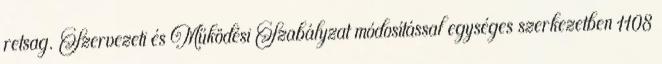
retsag. Szervezeti és Működési Szabályzat módosítással egységes szerkezetben 1108